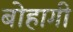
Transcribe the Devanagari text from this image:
बोहागी